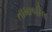
તામાબીલ